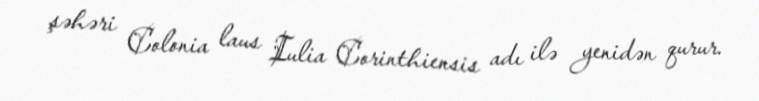
şəhəri Colonia laus Iulia Corinthiensis adı ilə yenidən qurur.